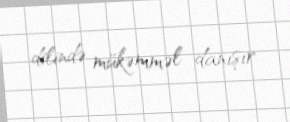
dilində mükəmməl danışır.